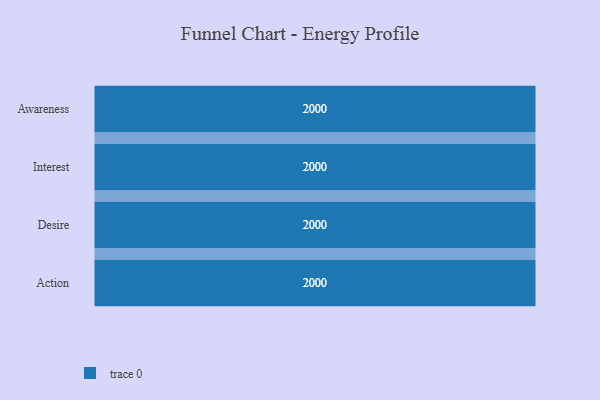
{"axis": {"x": "Stage", "y": "Value"}, "legend": [""], "data": [{"x": "Awareness", "y": 2000, "type": ""}, {"x": "Interest", "y": 2000, "type": ""}, {"x": "Desire", "y": 2000, "type": ""}, {"x": "Action", "y": 2000, "type": ""}]}